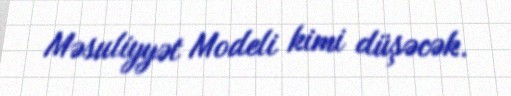
Məsuliyyət Modeli kimi düşəcək.